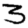
Digit: 3